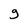
Character: g